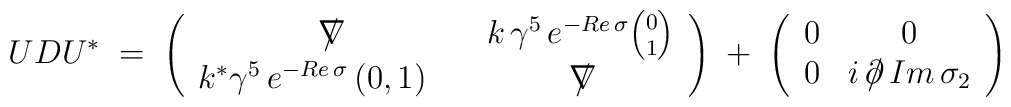
UDU^*\;=\;\left( \begin{array}{cc}\nabla\!\!\!\!/ & k\,\gamma^5\,e^{-Re\,\sigma}{0 \choose 1} \\k^* \gamma^5\,e^{-Re\,\sigma}\,(0,1)\quad & \nabla\!\!\!\!/\end{array}\right)\; +\;\left( \begin{array}{cc}0 & 0 \\0 & i\,\partial\!\!\!/\, Im\,\sigma_2\end{array} \right)